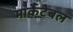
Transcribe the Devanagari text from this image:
मार्केटेबल